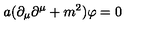
a ( \partial _ { \mu } \partial ^ { \mu } + m ^ { 2 } ) \varphi = 0